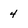
Character: 4